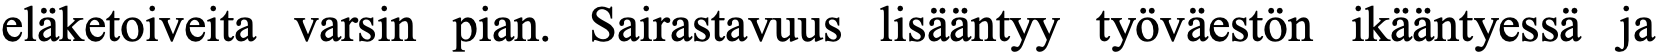
eläketoiveita varsin pian. Sairastavuus lisääntyy työväestön ikääntyessä ja